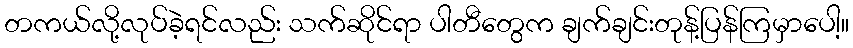
တကယ်လို့လုပ်ခဲ့ရင်လည်း သက်ဆိုင်ရာ ပါတီတွေက ချက်ချင်းတုန့်ပြန်ကြမှာပေါ့။